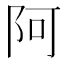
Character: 阿